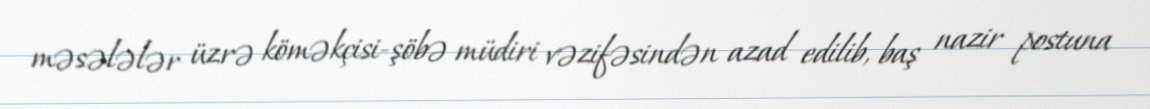
məsələlər üzrə köməkçisi-şöbə müdiri vəzifəsindən azad edilib, baş nazir postuna